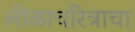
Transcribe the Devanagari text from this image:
लीळाचरित्राचा